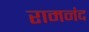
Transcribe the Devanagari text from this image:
रामनंद